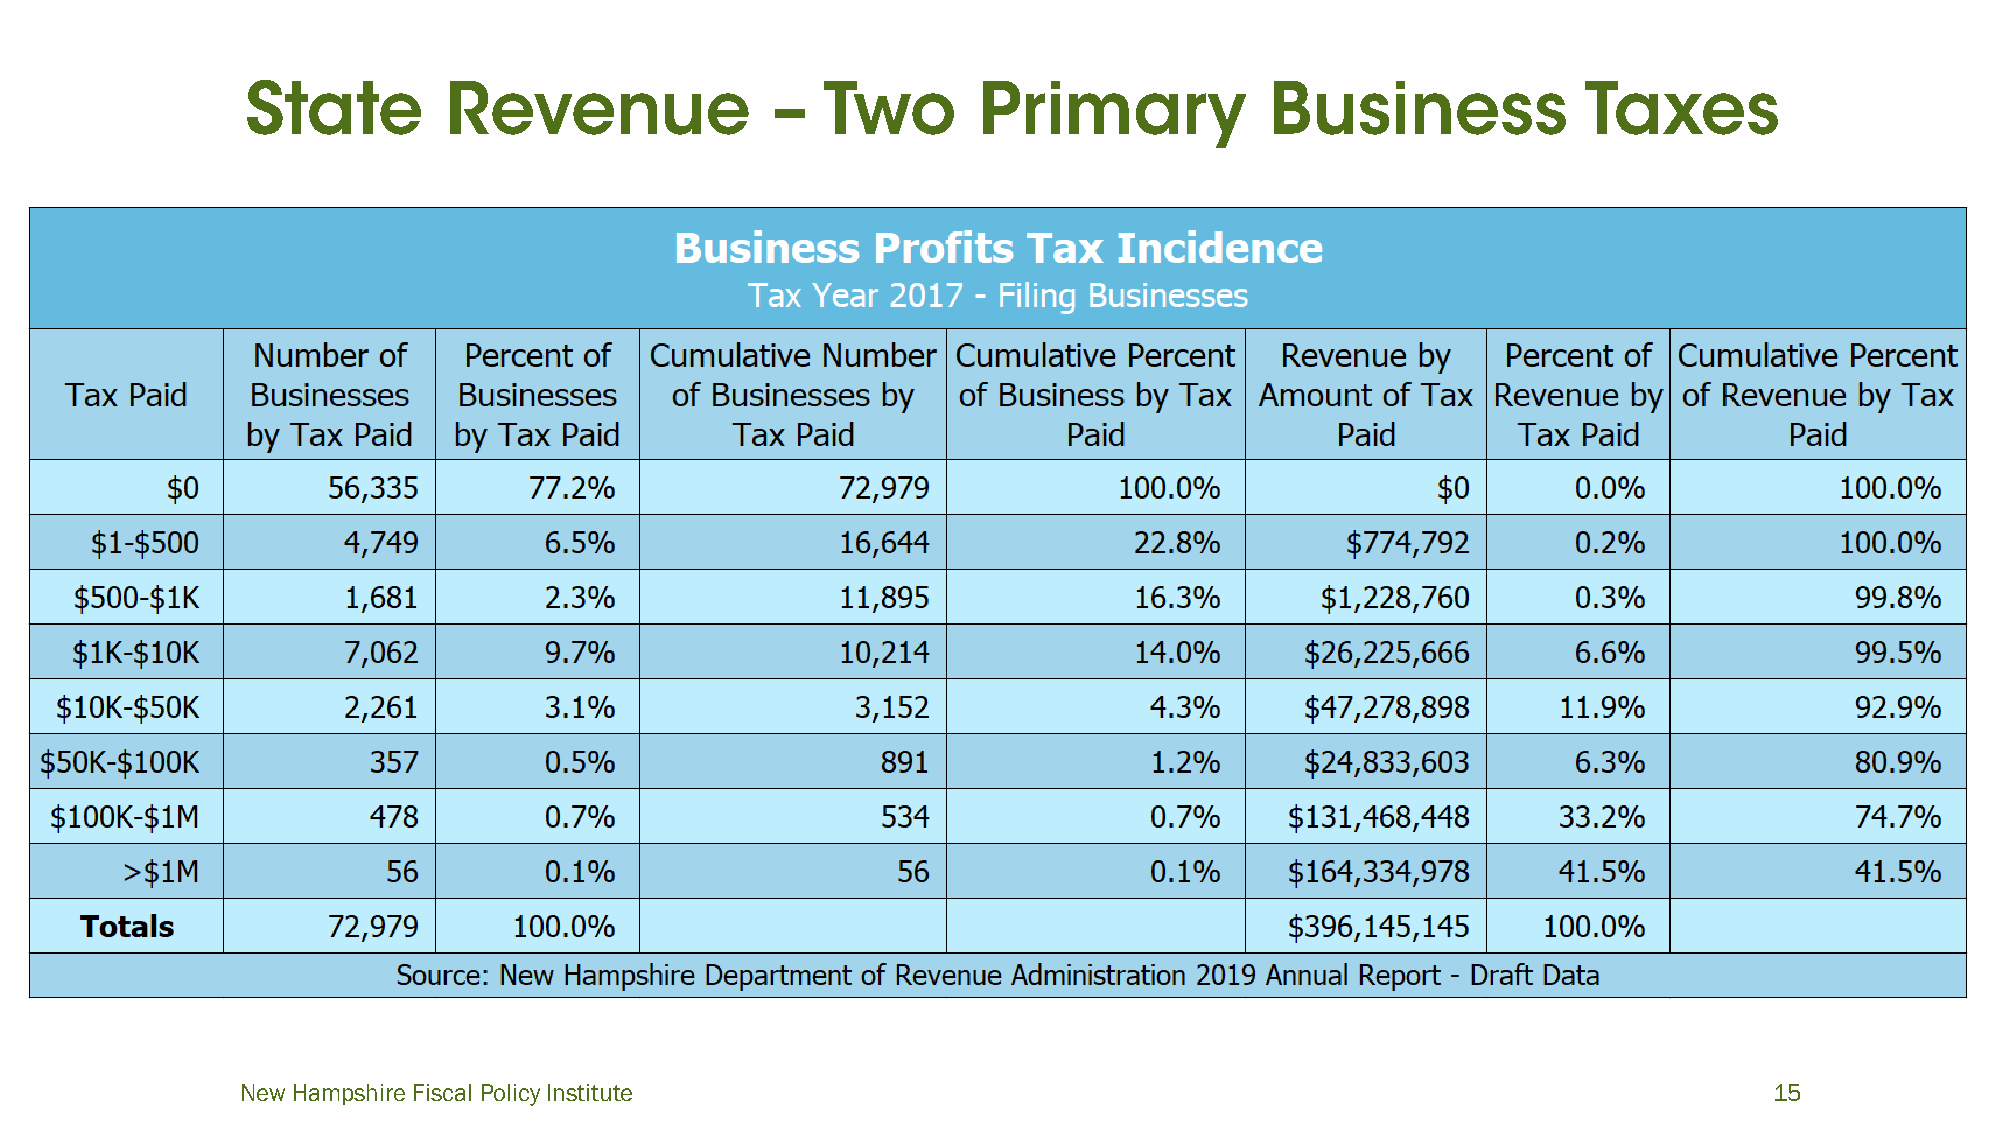
New Hampshire Fiscal Policy Institute                                                                15